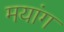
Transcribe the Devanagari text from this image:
मयांग